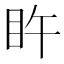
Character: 𥄭